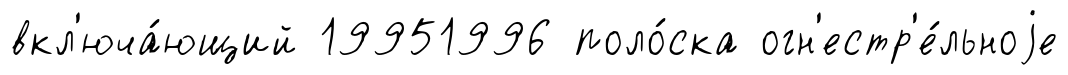
вкл'юча́ющий 19951996 поло́ска огн'естр'е́льноjе